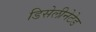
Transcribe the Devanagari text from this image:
डिसेलीनेटेड